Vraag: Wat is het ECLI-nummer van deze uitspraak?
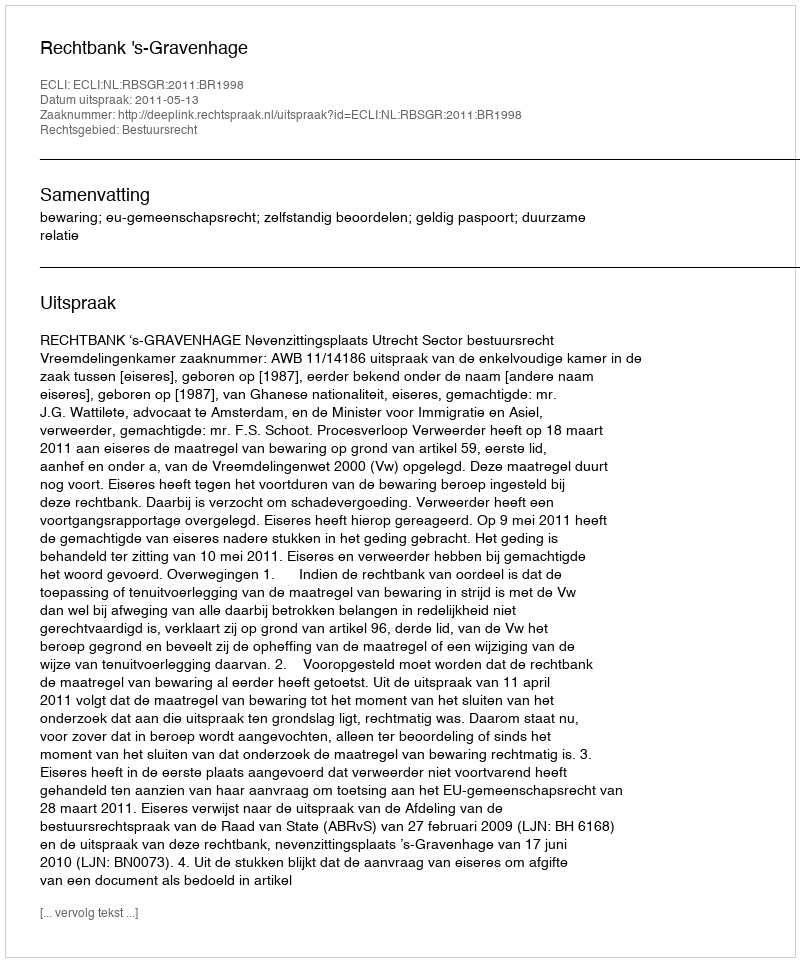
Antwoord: ECLI:NL:RBSGR:2011:BR1998